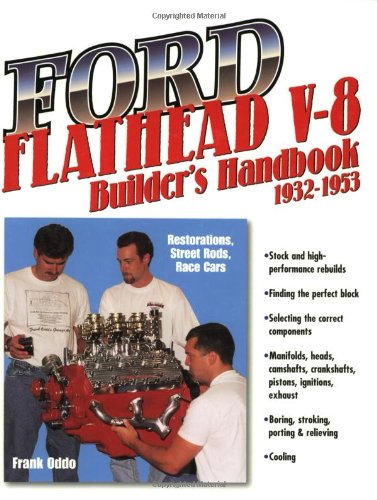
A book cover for Ford Flathead V-8 Builder's Handbook 1932-1953: Restorations, Street Rods, Race Cars; Frank Oddo; Engineering & Transportation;